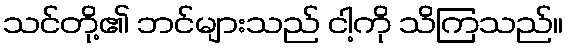
သင်တို့၏ ဘင်များသည် ငါ့ကို သိကြသည်။